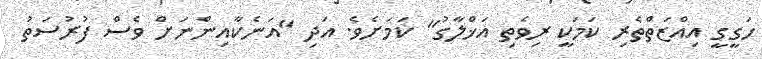
ހަގީގީ އިއްޒަތްތެރި ކަމަކީ ރިވެތި އަޚްލާގު" ކަމަށެވެ. އަދި "އަނެކާއިންނަށް ވެސް ފުރުސަތު